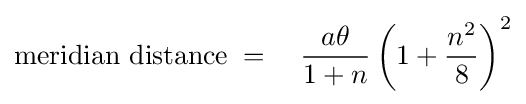
{\text{meridian distance}}\;=\quad {\frac {a\theta }{1+n}}\left(1+{\frac {n^{2}}{8}}\right)^{2}